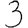
Digit: 3